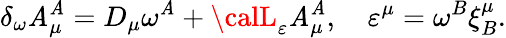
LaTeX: \delta_{\omega}\mathit{A}_{\mu}^{\mathit{A}}=D_{\mu}\omega^{\mathit{A}}+{\calL}_{\varepsilon}\mathit{A}_{\mu}^{\mathit{A}},\quad\varepsilon^{\mu}=\omega^{B}\xi_{B}^{\mu}.